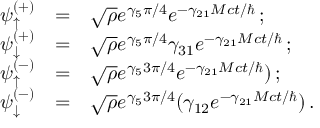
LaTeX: \begin{array} { r c l } { { \psi _ { \uparrow } ^ { ( + ) } } } & { { = } } & { { \sqrt { \rho } e ^ { \gamma _ { 5 } \pi / 4 } e ^ { - \gamma _ { 2 1 } M c t / \hbar } \, ; } } \\ { { \psi _ { \downarrow } ^ { ( + ) } } } & { { = } } & { { \sqrt { \rho } e ^ { \gamma _ { 5 } \pi / 4 } \gamma _ { 3 1 } e ^ { - \gamma _ { 2 1 } M c t / \hbar } \, ; } } \\ { { \psi _ { \uparrow } ^ { ( - ) } } } & { { = } } & { { \sqrt { \rho } e ^ { \gamma _ { 5 } 3 \pi / 4 } e ^ { - \gamma _ { 2 1 } M c t / \hbar } ) \, ; } } \\ { { \psi _ { \downarrow } ^ { ( - ) } } } & { { = } } & { { \sqrt { \rho } e ^ { \gamma _ { 5 } 3 \pi / 4 } ( \gamma _ { 1 2 } e ^ { - \gamma _ { 2 1 } M c t / \hbar } ) \, . } } \end{array}